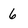
Character: 6